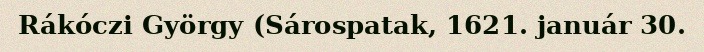
Rákóczi György (Sárospatak, 1621. január 30.